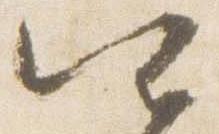
四